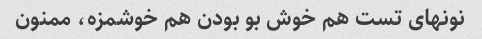
نونهای تست هم خوش بو بودن هم خوشمزه، ممنون